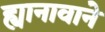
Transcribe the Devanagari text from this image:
ह्यानावाने